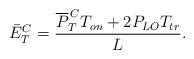
LaTeX: \begin{align*} \bar{E}^{C}_{T} =\frac {\overline{P}^{\, C}_{T} T_{on} + 2P_{LO}T_{tr}}{L}. \end{align*}